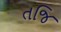
તજિ